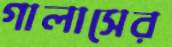
গালাসের